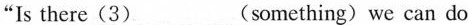
"Is there(3)___(something)we can do